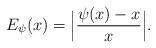
LaTeX: \begin{align*}E_{\psi}(x)= \Big|\frac{\psi(x)-x}{x}\Big|.\end{align*}